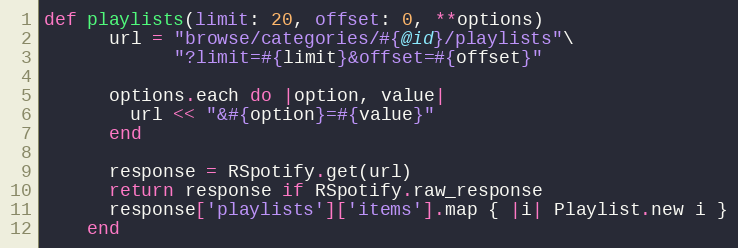
Language: Ruby
def playlists(limit: 20, offset: 0, **options)
      url = "browse/categories/#{@id}/playlists"\
            "?limit=#{limit}&offset=#{offset}"

      options.each do |option, value|
        url << "&#{option}=#{value}"
      end

      response = RSpotify.get(url)
      return response if RSpotify.raw_response
      response['playlists']['items'].map { |i| Playlist.new i }
    end